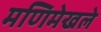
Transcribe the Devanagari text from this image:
मणिमेखले